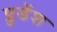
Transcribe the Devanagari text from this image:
प्रुडेंश